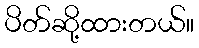
ပိတ်ဆို့ထားတယ်။